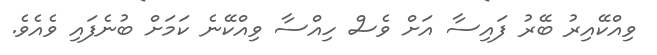
ވިއްކޭއިރު ބޭރު ފައިސާ އަށް ވެސް ހިއްސާ ވިއްކޭނެ ކަމަށް ބުނެފައި ވެއެވެ.